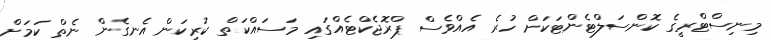
މިނިސްޓްރީގެ ކޮންސަލްޓެންޓަކަށް ހުރެ އެއްވެސް ޕްރޮޖެކްޓެއްގައި މަސައްކަތް ކުރިކަން އެނގެން ނެތް ކަމަށް